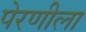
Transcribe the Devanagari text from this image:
पेरणीला